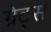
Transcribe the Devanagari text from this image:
ग्रेट्स